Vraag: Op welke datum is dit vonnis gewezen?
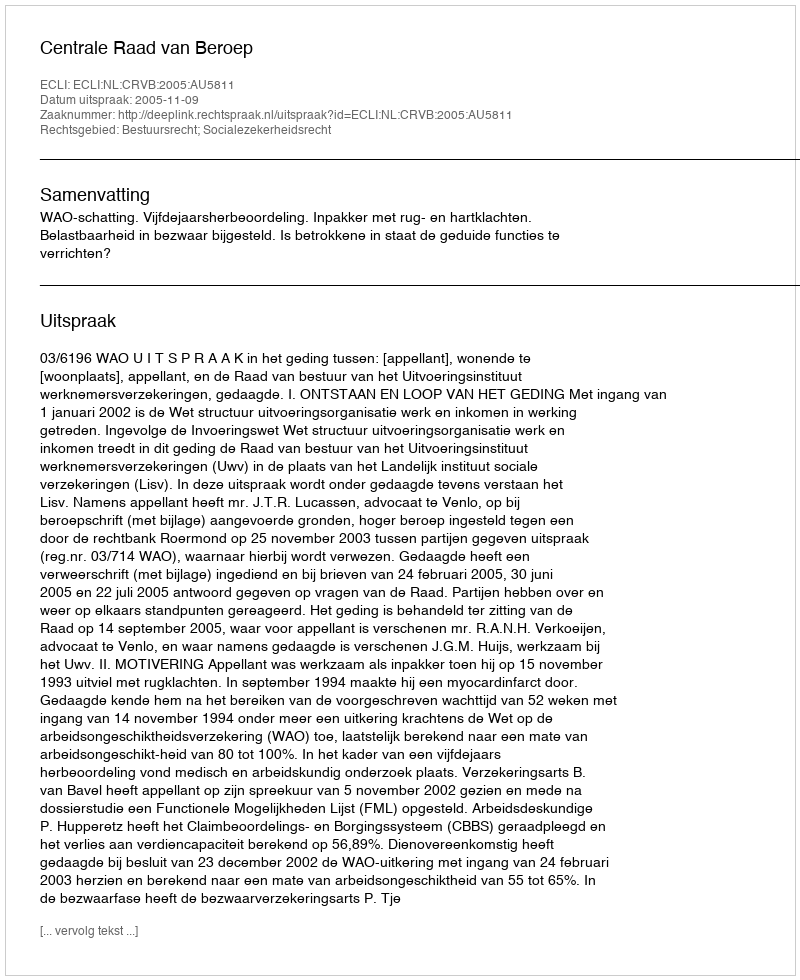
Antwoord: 2005-11-09